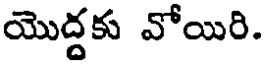
యొద్దకు వోయిరి.